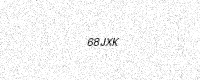
Text: 68JXK